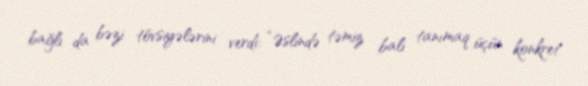
bağlı da bəzi tövsiyələrini verdi: “Əslində təmiz balı tanımaq üçün konkret